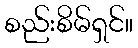
စည်းစိမ်ရှင်။